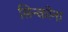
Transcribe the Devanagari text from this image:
सिन्कोना